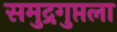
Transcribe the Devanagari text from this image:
समुद्रगुप्तला